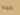
عمك